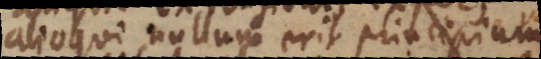
alioqui nullum erit principium